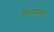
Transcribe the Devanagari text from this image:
माध्यमांव्दारे